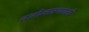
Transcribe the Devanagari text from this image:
जलोत्सरणवाली